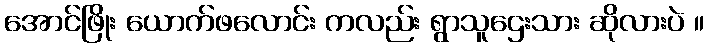
အောင်ဖြိုး ယောက်ဖလောင်း ကလည်း ရွာသူဌေးသား ဆိုလားပဲ ။